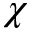
\chi